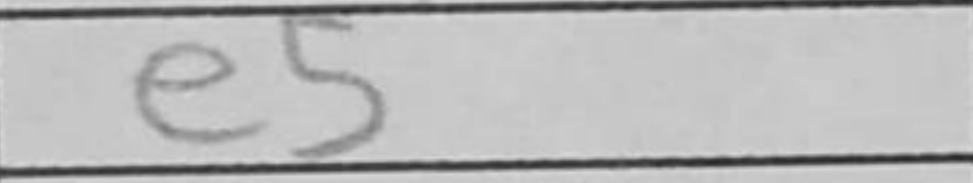
Transcription: e5